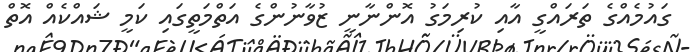
ގައުމެއްގެ ތަރައްގީ އާއި ކުރިމަގު އޮންނާނީ ޒުވާނުންގެ އަތްމަތީގައި ކަމީ ޝައްކެއް އޮތް